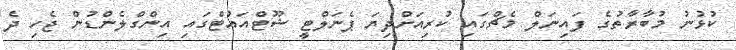
ކުޅުނު މުބާރާތުގެ ފައިނަލް މެޗްގައި ކުރިއަށްދިޔަ ޕެނަލްޓީ ޝޫޓްއައުޓްގައި އިންގްލެންޑުން ޖެހި ދެ